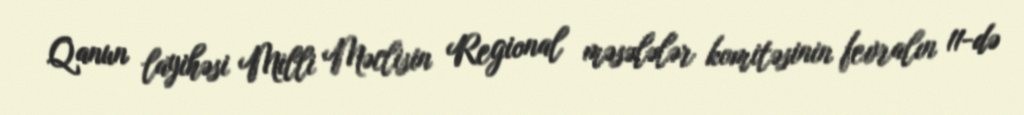
Qanun layihəsi Milli Məclisin Regional məsələlər komitəsinin fevralın 11-də